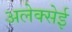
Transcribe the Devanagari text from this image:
अलेक्सेई